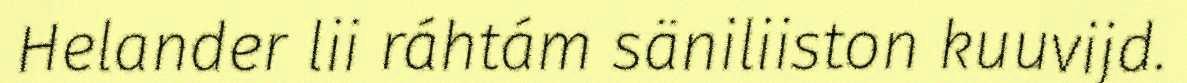
Helander lii ráhtám säniliiston kuuvijd.